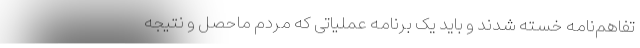
تفاهم‌نامه خسته شدند و باید یک برنامه عملیاتی که مردم ماحصل و نتیجه